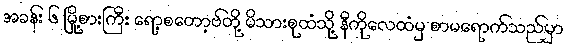
အခန်း ၆ မြို့စားကြီး ရော့စတော့ဗ်တို့ မိသားစုထံသို့ နီကိုလေထံမှ စာမရောက်သည်မှာ